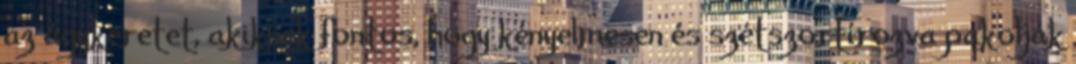
az ágykeretet, akiknek fontos, hogy kényelmesen és szétszortírozva pakolják